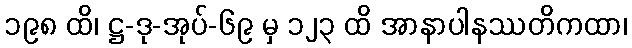
၁၉၈ ထိ၊ ဋ္ဌ-ဒု-အုပ်-၆၉ မှ ၁၂၃ ထိ အာနာပါနဿတိကထာ၊